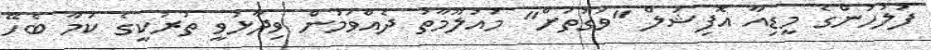
ފުލުހުންގެ މީޑިއާ އޮފިޝަލް "ވަގުތަށް" މައުލޫމާތު ދެެއްވަމުން ވިދާޅުވީ ތުރުކީގެ ކަމާ ބެހޭ